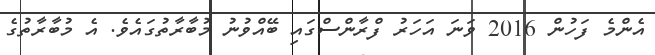
އެންމެ ފަހުން 2016 ވަނަ އަހަރު ފްރާންސްގައި ބޭއްވުނު މުބާރާތުގައެވެ. އެ މުބާރާތުގެ